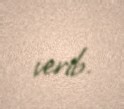
verib.